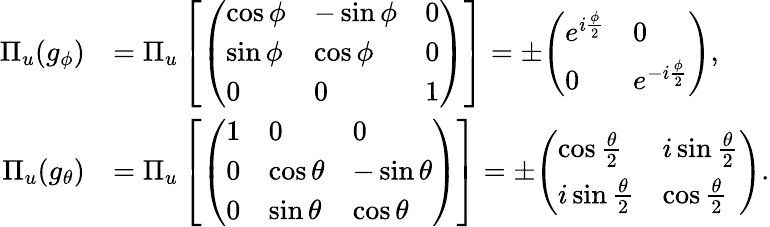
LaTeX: {\begin{array}{rl}{\Pi_{u}(g_{\phi})}&{=\Pi_{u}\left[{\left(\begin{array}{lll}{\cos\phi}&{-\sin\phi}&{0}\\ {\sin\phi}&{\cos\phi}&{0}\\ {0}&{0}&{1}\end{array}\right)}\right]=\pm{\left(\begin{array}{ll}{e^{i{\frac{\phi}{2}}}}&{0}\\ {0}&{e^{-i{\frac{\phi}{2}}}}\end{array}\right)},}\\ {\Pi_{u}(g_{\theta})}&{=\Pi_{u}\left[{\left(\begin{array}{lll}{1}&{0}&{0}\\ {0}&{\cos\theta}&{-\sin\theta}\\ {0}&{\sin\theta}&{\cos\theta}\end{array}\right)}\right]=\pm{\left(\begin{array}{ll}{\cos{\frac{\theta}{2}}}&{i\sin{\frac{\theta}{2}}}\\ {i\sin{\frac{\theta}{2}}}&{\cos{\frac{\theta}{2}}}\end{array}\right)}.}\end{array}}